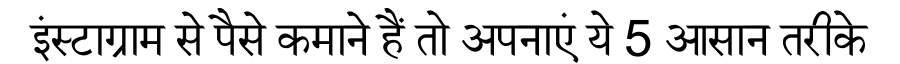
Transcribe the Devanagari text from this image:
इंस्टाग्राम से पैसे कमाने हैं तो अपनाएं ये 5 आसान तरीके